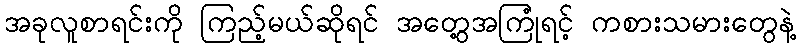
အခုလူစာရင်းကို ကြည့်မယ်ဆိုရင် အတွေ့အကြုံရင့် ကစားသမားတွေနဲ့